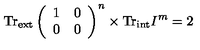
\mathrm { T r } _ { \mathrm { e x t } } \left( \begin{array} { c c } { 1 } & { 0 } \\ { 0 } & { 0 } \\ \end{array} \right) ^ { n } \times \mathrm { T r } _ { \mathrm { i n t } } I ^ { m } = 2